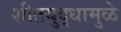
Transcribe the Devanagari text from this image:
शीतयुद्धामुळे